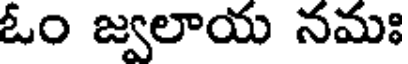
ఓం జ్వలాయ నమః